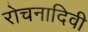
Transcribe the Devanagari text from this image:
रोचनादिवी